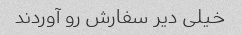
خیلی دیر سفارش رو آوردند